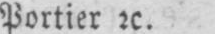
Portier etc.